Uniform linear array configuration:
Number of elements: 48
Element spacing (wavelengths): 0.75
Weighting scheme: cosine
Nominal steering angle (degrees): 15
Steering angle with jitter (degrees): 14.816
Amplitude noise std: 0.05
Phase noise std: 0.05

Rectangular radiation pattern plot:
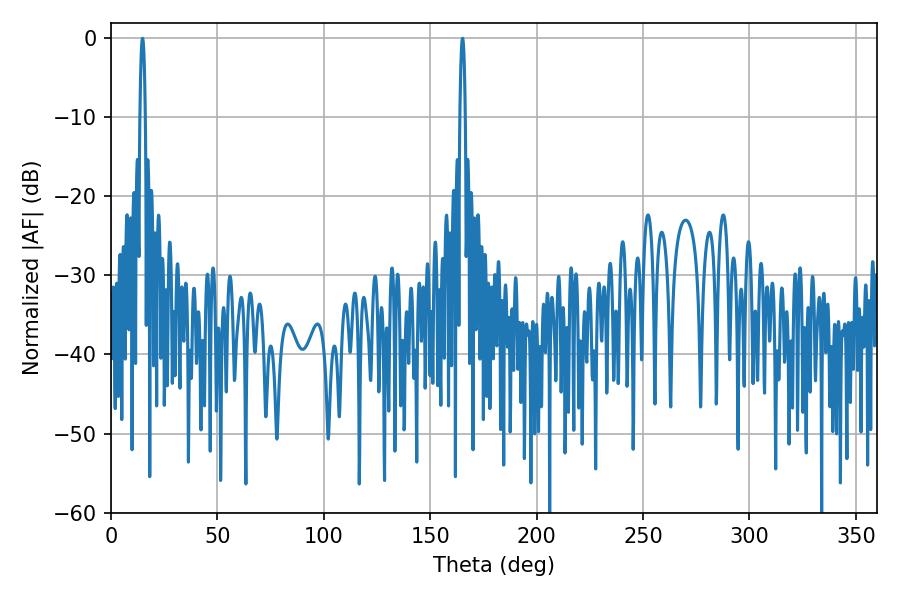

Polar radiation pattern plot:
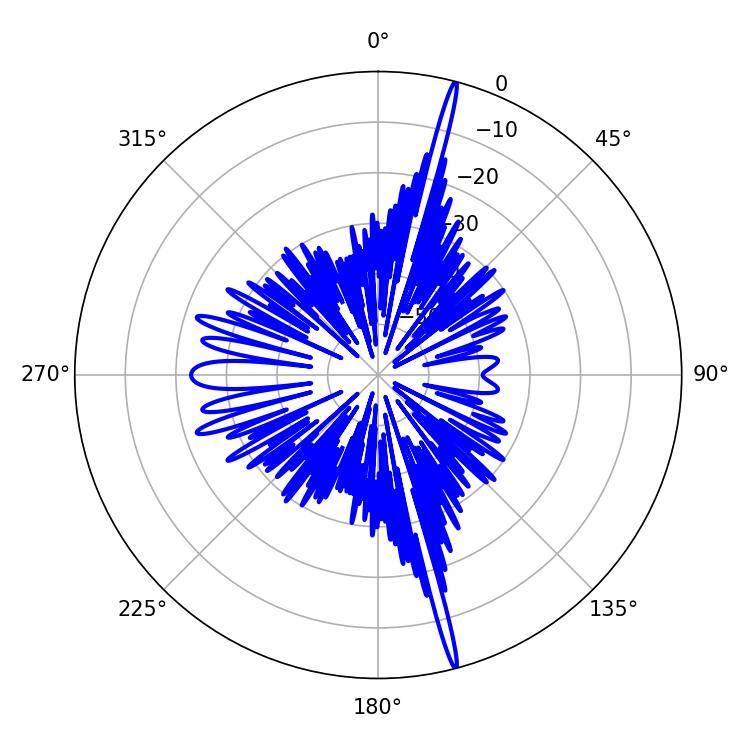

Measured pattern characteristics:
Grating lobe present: TRUE
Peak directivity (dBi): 21.884
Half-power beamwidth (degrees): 1.26
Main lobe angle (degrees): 165.24